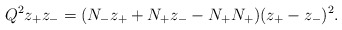
\begin{align*}Q^2 z_{+}z_{-}=(N_{-}z_{+}+N_{+}z_{-}-N_{+}N_{+})(z_{+}-z_{-})^2.\end{align*}